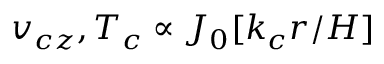
v _ { c z } , T _ { c } \propto J _ { 0 } [ k _ { c } r / H ]